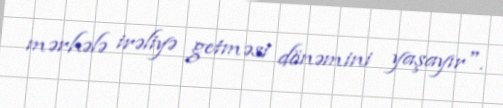
mərhələ irəliyə getməsi dönəmini yaşayır".